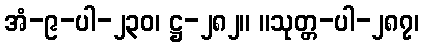
အံ-၉-ပါ-၂၃၀၊ ဋ္ဌ-၂၈၂။ ။သုတ္တ-ပါ-၂၈၇၊